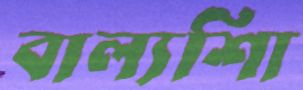
বাল্যশিা